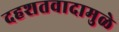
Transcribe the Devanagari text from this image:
दहशतवादामुळे